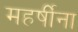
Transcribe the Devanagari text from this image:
महर्षींना